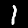
Digit: 1